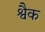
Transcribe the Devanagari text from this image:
श्वैक